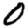
Digit: 0